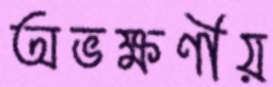
অভক্ষণীয়